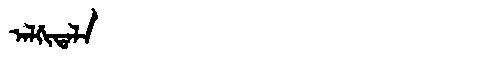
Manchu: ᠠᠯᡤᡳᡨᠠᠯᠠ
Romanization: ALGITALA